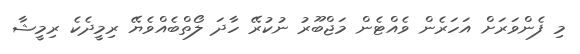
މި ފެންވަރަށް އަހަރެން ވެއްޓެން މަޖްބޫރު ނުކުރޭ ހާދަ ލޯތްބެއްވެޔޭ ރިމީދެކެ ރިމީޝާ